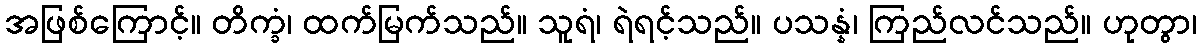
အဖြစ်ကြောင့်။ တိက္ခံ၊ ထက်မြက်သည်။ သူရံ၊ ရဲရင့်သည်။ ပသန္နံ၊ ကြည်လင်သည်။ ဟုတွာ၊